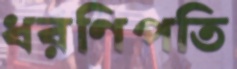
ধরণিপতি